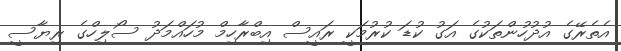
އެތެރޭގެ އުދުހުންތަކުގެ އަގު ކުޑަ ކުރުމަކީ ރައީސް އިބްރާހިމް މުހައްމަދު ސޯލިހްގެ ރިޔާސީ